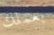
بعملك